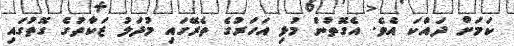
ކަމަށް ދައްކަ އެެވެ. އެގޮތުން މުޅި އަހަރުގެ ތެރޭގައި މުދަލު ޒަކާތުގެ ގޮތުގައި